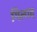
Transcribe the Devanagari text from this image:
गिलाद